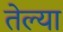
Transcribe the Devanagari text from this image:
तेल्या